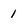
Character: 1